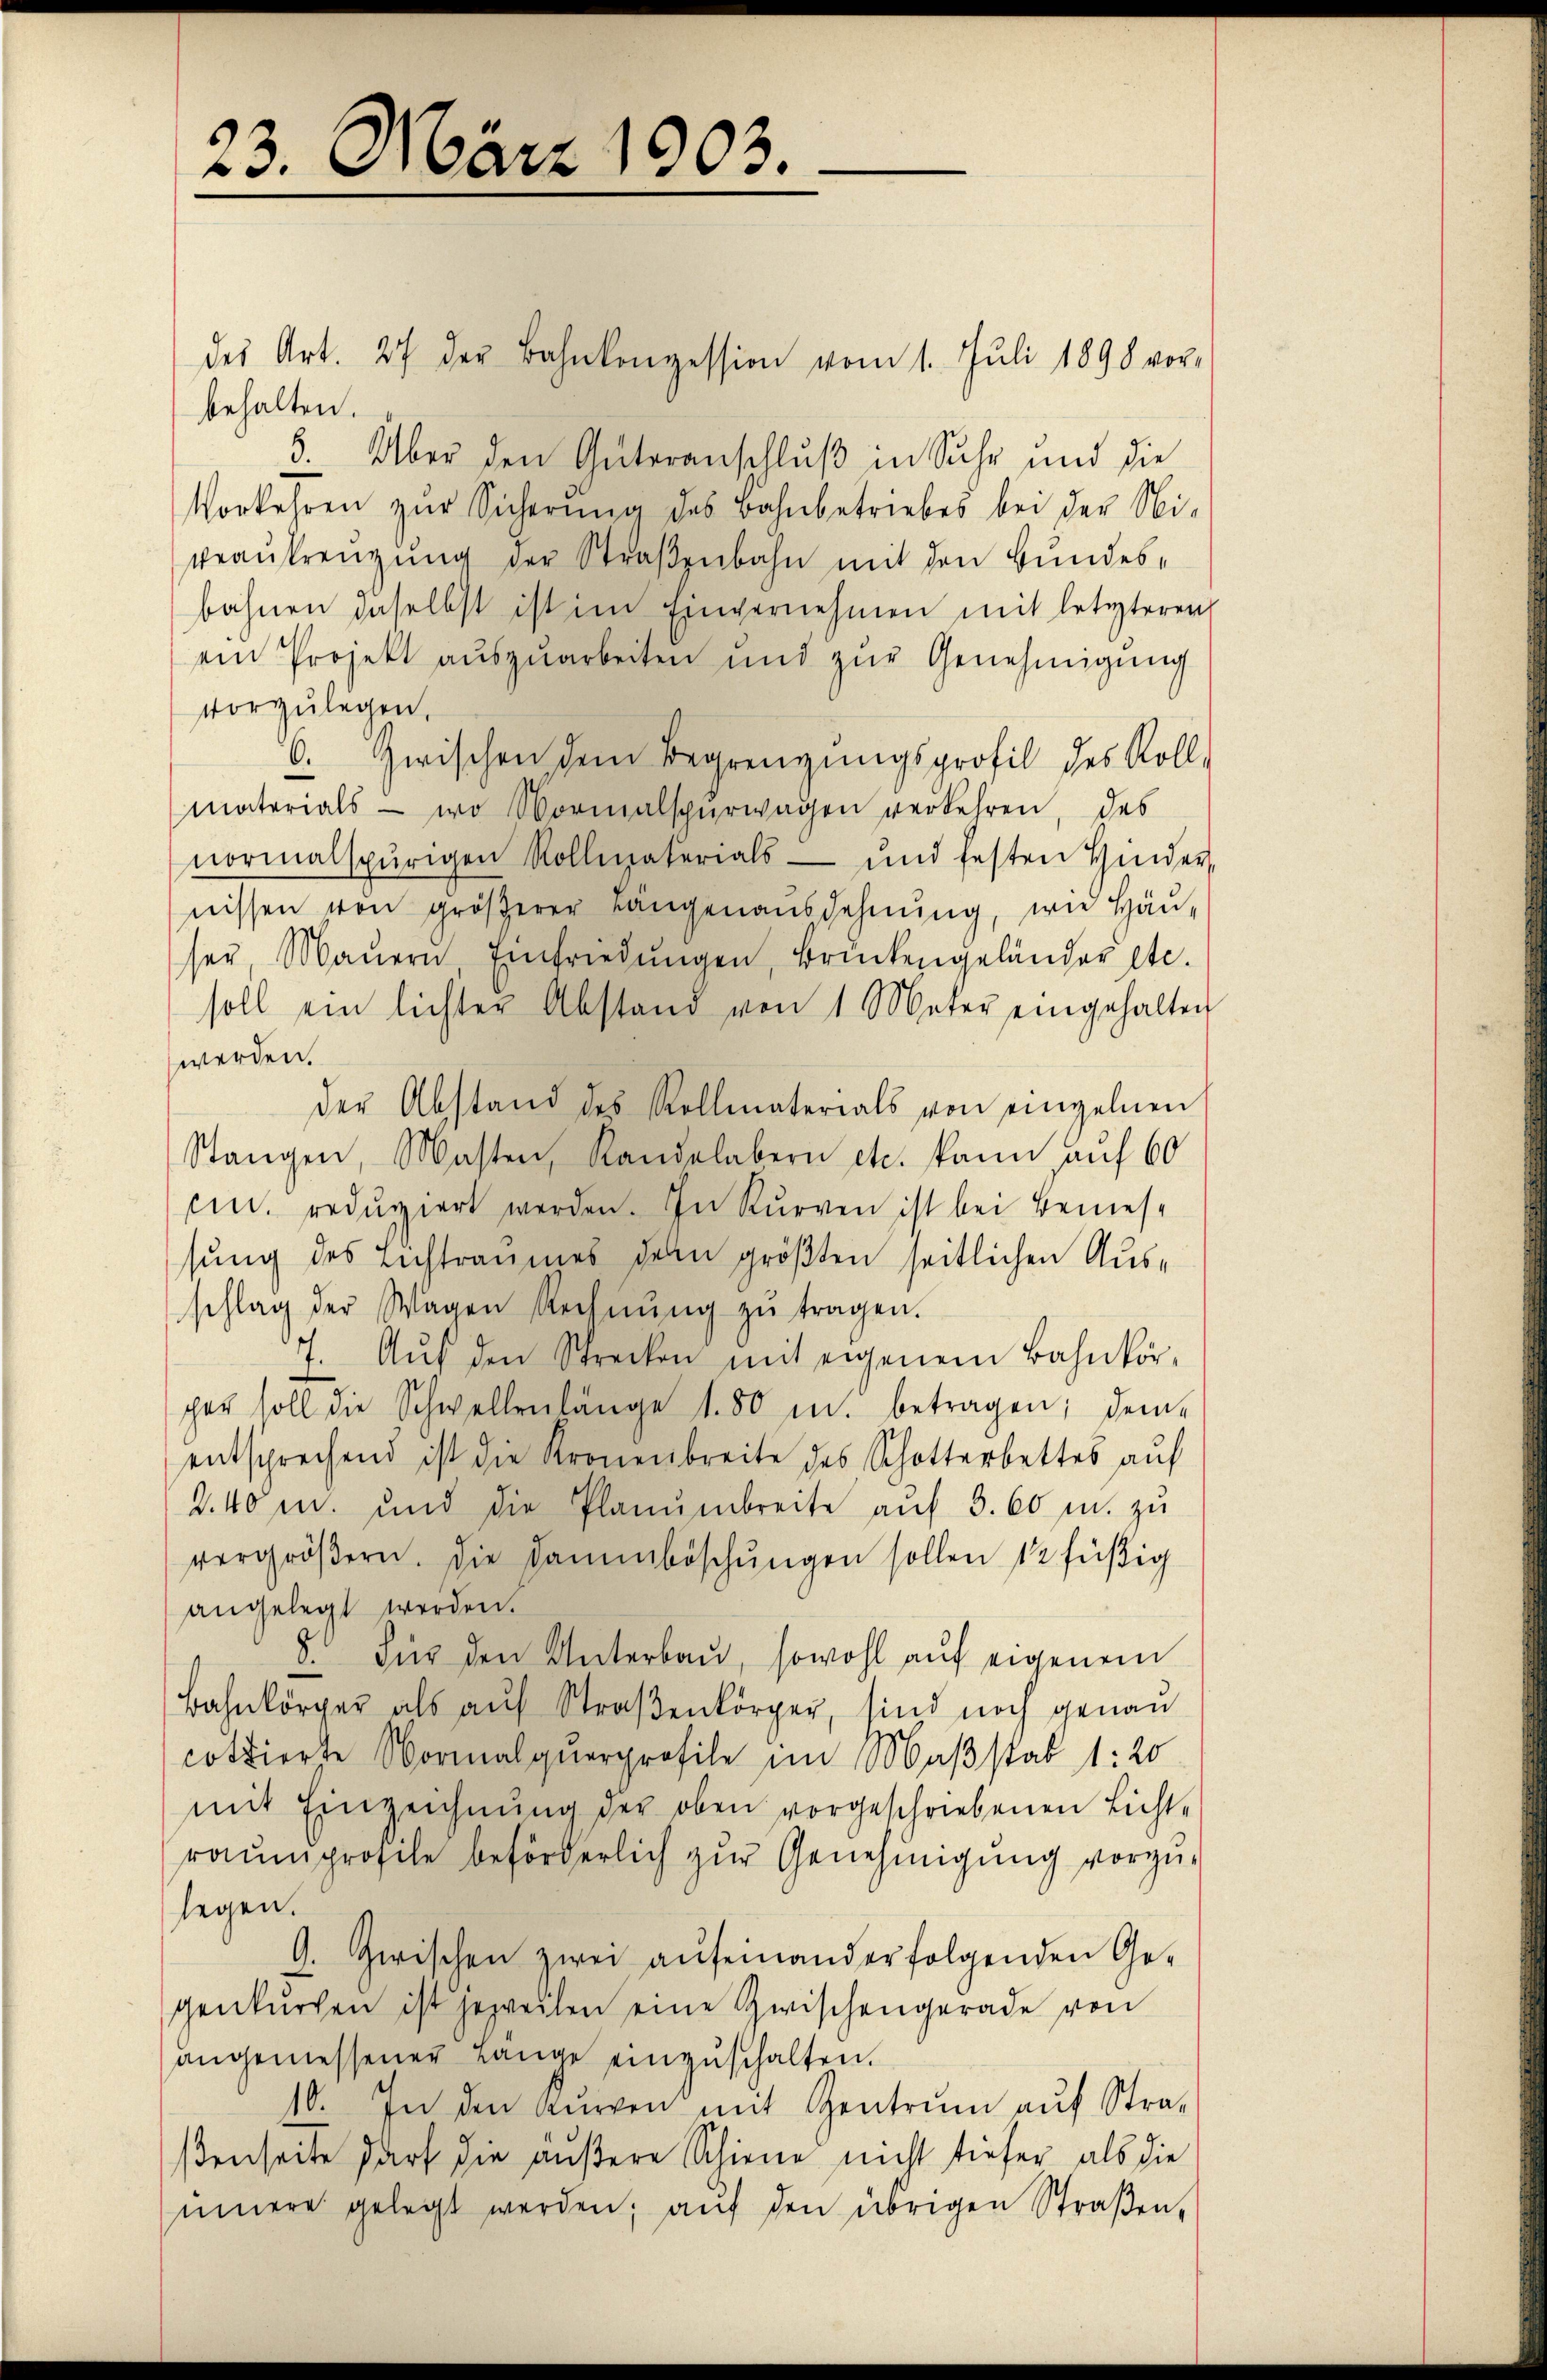
23. März 1903.

des Art. 27 der Bahnkonzession vom 1. Juli 1890 vor-
behalten.
5. Über den Güteranschluß in Suche und die
Vorkehren zur Sicherŭng des Bahnbetriebes bei der Nibeaŭfrengŭng der Straβenbahn mit den Bundesbahnen daselbst ist im Einvernehmen mit letzteren
ein Projekt aŭszŭarbeiten und zŭr Genehmigŭng
vorzulegen,
6. Zwischen dem Begrenzungsprofil des Roll-
materials - wo Vormalspurwagen verkehren, das
normalspurigen Rollmaterials- und festen Hinder,
nissen von gröβerer Längenausdehnŭng, wie häŭ-
ser, Maŭern Einfriedŭngen, Brückengeländer etc.
soll ein lichter Abstand von 1 Meter eingehalten
werden.
der Abstand des Rollmaterials von einzelnen
Stangen, Masten, Randelabern etc. kann auf 60
mn. redŭziert werden. In Kurven ist bei Bemessung des Lichtraumes den größten seitlichen Ausschlag der Wagen Rechnŭng zŭ tragen.
7. Aŭf den Strecken mit eigenem Bahnkör-
ger soll die Schwellenlänge 180 u. betragen; dem
entsprechend ist die Kronenbreite des Schotterbettes aŭf
2.40 m. und die Planŭmbreite aŭf 3. 60 u. zu
vergröβern. Die Dammböschungen sollen 12 füßig
angelegt werden.
8. Für den Unterbau, sowohl auf eigenem
Bahnkörper als aŭf Straβenkörper, sind noch genau
cottierte Normalquerprofile im Maßstab 1: 20
mit Einzeichnŭng der oben vorgeschriebenen Licht-
raumprofile beförderlich zur Genehmigung vorzulegen.
9. Zwischen zwei aufeinanderfolgenden Ge-
genkŭrchen ist jeweilen eine Zwischengerade von
angemessener Lange einzŭschalten.
10. In den Kurren mit Gentrum auf Straßenseite darf die äußere Schiene nicht tiefer als die
innere gelegt werden, aŭf den übrigen Straßen,